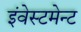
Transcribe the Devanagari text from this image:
इंवेस्टमेन्ट